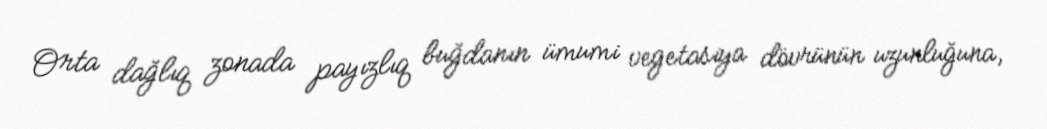
Orta dağlıq zonada payızlıq buğdanın ümumi vegetasiya dövrünün uzunluğuna,